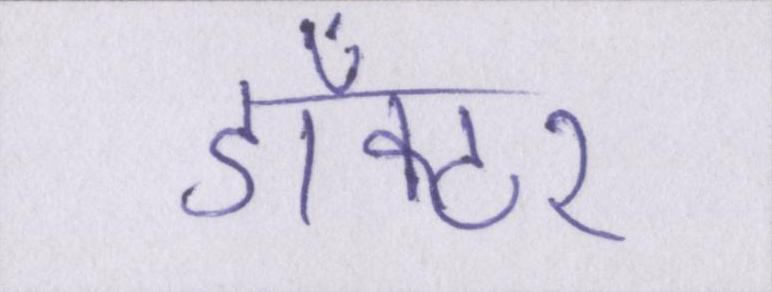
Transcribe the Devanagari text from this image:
डाँक्टर